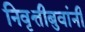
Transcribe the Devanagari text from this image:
निवृत्तीबुवांनी